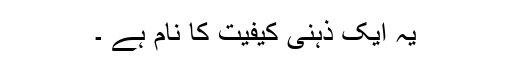
یہ ایک ذہنی کیفیت کا نام ہے ۔